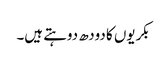
بکریوں کا دودھ دوہتے ہیں۔